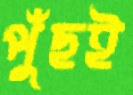
পুঁছই